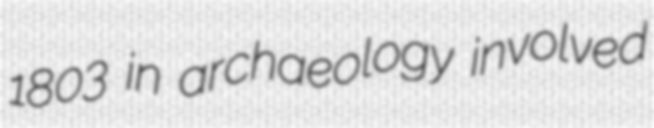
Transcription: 1803 in archaeology involved